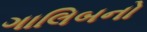
ગાલિબનો